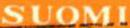
SUOMI